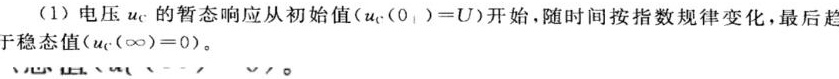
（1）电压$u_{C}$的暂态响应从初始值$(u_{C}(0_{+}) = U)$开始，随时间按指数规律变化，最后趋于稳态值$(u_{C}(\infty)=0)$。